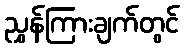
ညွှန်ကြားချက်တွင်